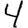
Digit: 4